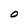
Character: O